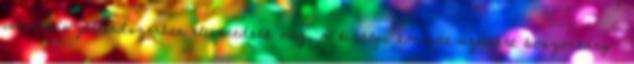
innovatív jelrendszerben elevenednek meg, a királyi koronát széttárt boszorkány-